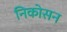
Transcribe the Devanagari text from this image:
निकोसन